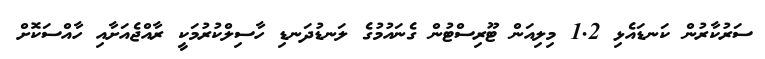
ސަރުކާރުން ކަނޑައެޅި 1.2 މިލިއަން ޓޫރިސްޓުން ގެނައުމުގެ ލަނޑުދަނޑި ހާސިލްކުރުމަކީ ރާއްޖެއަށާއި ހާއްސަކޮށް